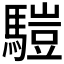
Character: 𩥉